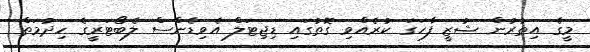
މީގެ އިތުރުން ޝުޒީ ފާހަގަ ކުރެއްވި ގޮތުގައި ޑިޖިޓަލް އެވިޑެންސް ލެބޯޓަރީގެ ހިދުމަތް